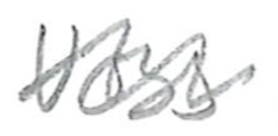
Text: Voss
Cross-out: mix
Writing tool: pencil